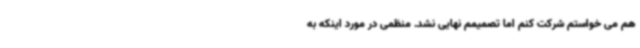
هم می خواستم شرکت کنم اما تصمیمم نهایی نشد. منظمی در مورد اینکه به